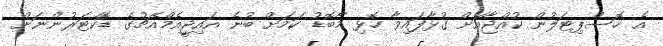
އެ ހޮސްޕިޓަލުން ކުއްޖާއަށް ގުޅާފައިވާ ހޮޅި މާބޮޑު ކަމަށް ބުނެ އައިޖީއެމްއެޗުގެ ޑޮކްޓަރުންނަށް